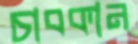
চাবকান